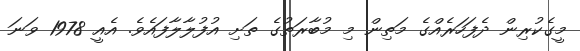
މީގެކުރިން ދެފަހަރެއްގެ މަތިން މި މުބާރަތުގެ ތަށި އުފުލާލާފައެވެ. އެއީ 1978 ވަނަ